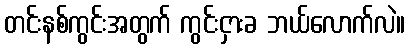
တင်းနစ်ကွင်းအတွက် ကွင်းငှားခ ဘယ်လောက်လဲ။